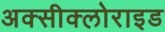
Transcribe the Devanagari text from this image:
अक्‍सीक्‍लोराइड